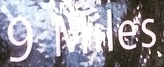
9.Miles